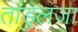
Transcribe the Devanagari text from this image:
तांडुलजा